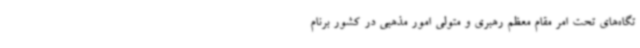
تگاه‌های تحت امر مقام معظم رهبری و متولی امور مذهبی در کشور برنام